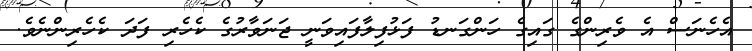
އެހެނަސް އެ ވެރިންގެ ގައިގެ ހަންގަނޑު ފަޅުފިލާފައިވަނީ ޖަނަވާރުގެ ކެހެރި ފަދަ ކެހެރިންނެވެ.